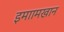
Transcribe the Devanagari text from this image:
इमाामखान